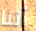
آننا